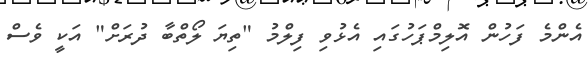
އެންމެ ފަހުން އޮލިމްޕަހުގައި އެޅުވި ފިލްމު "ތިޔަ ލޯތްބާ ދުރަށް" އަކީ ވެސް